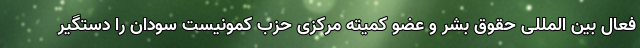
فعال بین المللی حقوق بشر و عضو کمیته مرکزی حزب کمونیست سودان را دستگیر